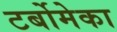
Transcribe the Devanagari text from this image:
टर्बोमेका